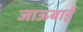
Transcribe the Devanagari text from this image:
जाऊबाई